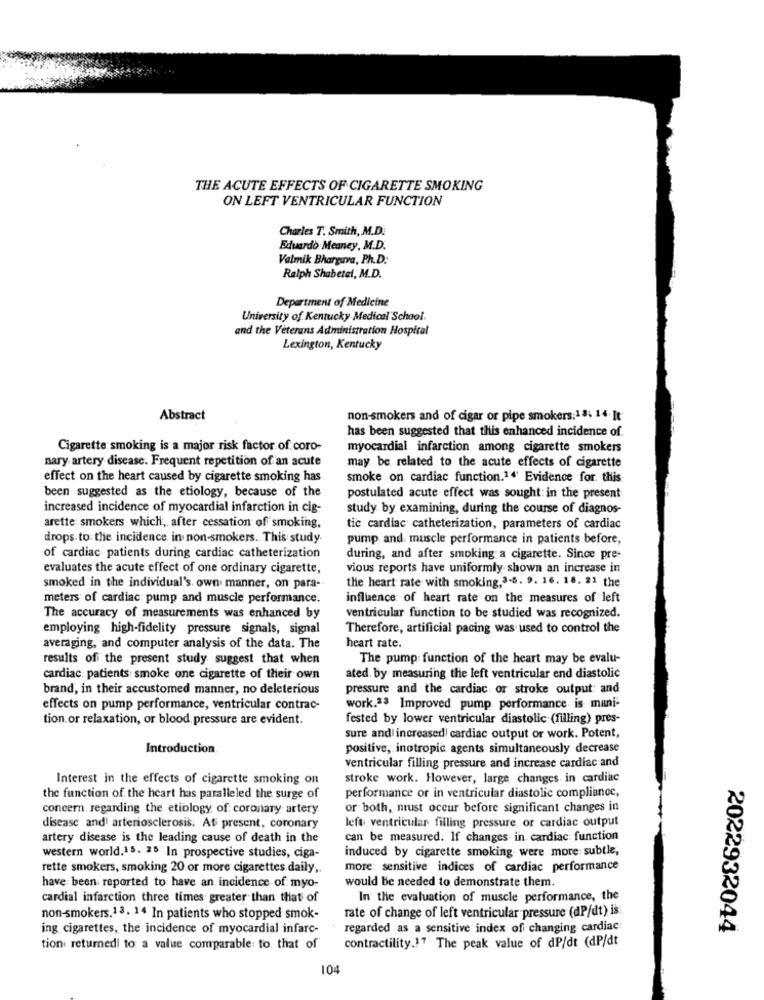
THE ACUTE EFFECTS OF CIGARETTE SMOKING
ON LEFT VENTRICULAR FUNCTION
Charles T. Smith, M.D.
Eduardo Meaney, M.D.
Valmik Bhargava, Ph.D.
Ralph Shabetel, M.D.
Department of Medicine
University of Kentucky Medical School.
and the Veterans Administration Hospital
Lexington, Kentucky
Abstract
non-smokers and of cigar or pipe smokers:18- 14. It
has been suggested that this enhanced incidence of.
Cigarette smoking is a major risk factor of coro-
myocardial infarction among cigarette smokers
nary artery disease. Frequent repetition of an acute
may be related to the acute effects of cigarette
effect on the heart caused by cigarette smoking has
smoke on cardiac function.14' Evidence for. this
been suggested as the etiology, because of the
postulated acute effect was sought: in the present
increased incidence of myocardial infarction in cig-
study by examining, during the course of diagnos-
arette: smokers which, after cessation of smoking,
tic cardiac catheterization, parameters of cardiac
drops. to: the incidence in non-smokers. This study.
pump and muscle performance in patients before,
of cardiac patients during cardiac catheterization
during, and after smoking a cigarette. Since pre-
evaluates the acute effect of one ordinary cigarette,
vious reports have uniformly shown an increase in
the heart rate with smoking,3-5. 9. 16. 18. 21 the
smoked in the individual's own manner, on para-
meters of cardiac: pump and muscle performance.
influence of heart rate on the measures of left
The accuracy of measurements was enhanced by
ventricular function to be studied was recognized.
employing high-fidelity pressure signals, signal
Therefore, artificial pacing was used to control the
averaging, and computer analysis of the data. The
heart rate.
results of the present study suggest that when
The pump function of the heart may be evalu-
cardiac. patients: smoke one cigarette of their own
ated. by measuring the left ventricular end diastolic
brand, in their accustomed manner, no deleterious
pressure and the cardiac or stroke output: and
effects on pump performance, ventricular contrac-
work.23 Improved pump performance is mani-
tion.or relaxation, or blood pressure are evident.
fested by lower ventricular diastolic (filling) pres-
sure and increased! cardiac output or work. Potent,
Introduction.
positive, inotropic agents simultaneously decrease
ventricular filling pressure and increase cardiac and
Interest in the effects of cigarette smoking on
stroke work. However, large changes in cardiac
the function of the heart has paralleled the surge of
performance or in ventricular diastolic compliance,
concern. regarding the etiology of coronary artery
or both, must occur before significant changes in
left ventricular filling pressure or cardiac output
disease and' arteriosclerosis. At present, coronary
artery disease is the leading cause of death in the
can be measured. If changes in cardiac function
induced by cigarette smoking were more subtle,
western world.15. 25 In prospective studies, ciga-
rette smokers, smoking 20 or more cigarettes daily ,.
more: sensitive indices of cardiac performance
would be needed to demonstrate them.
have been reported to have an incidence of myo-
cardial infarction three times greater than that of
In the evaluation of muscle performance, the
non-smokers.13. 14 In patients who stopped smok-
rate of change of left ventricular pressure (dP/dt) is
ing cigarettes, the incidence of myocardial infarc-
regarded as a sensitive index of changing cardiac
2022932044
tion returnedl to a value comparable: to that of
contractility.17 The peak value of dP/dt (dP/dt
104